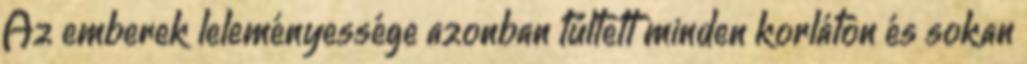
Az emberek leleményessége azonban túltett minden korláton és sokan